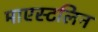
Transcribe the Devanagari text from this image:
माएस्टलिन